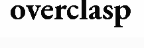
overclasp